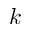
k